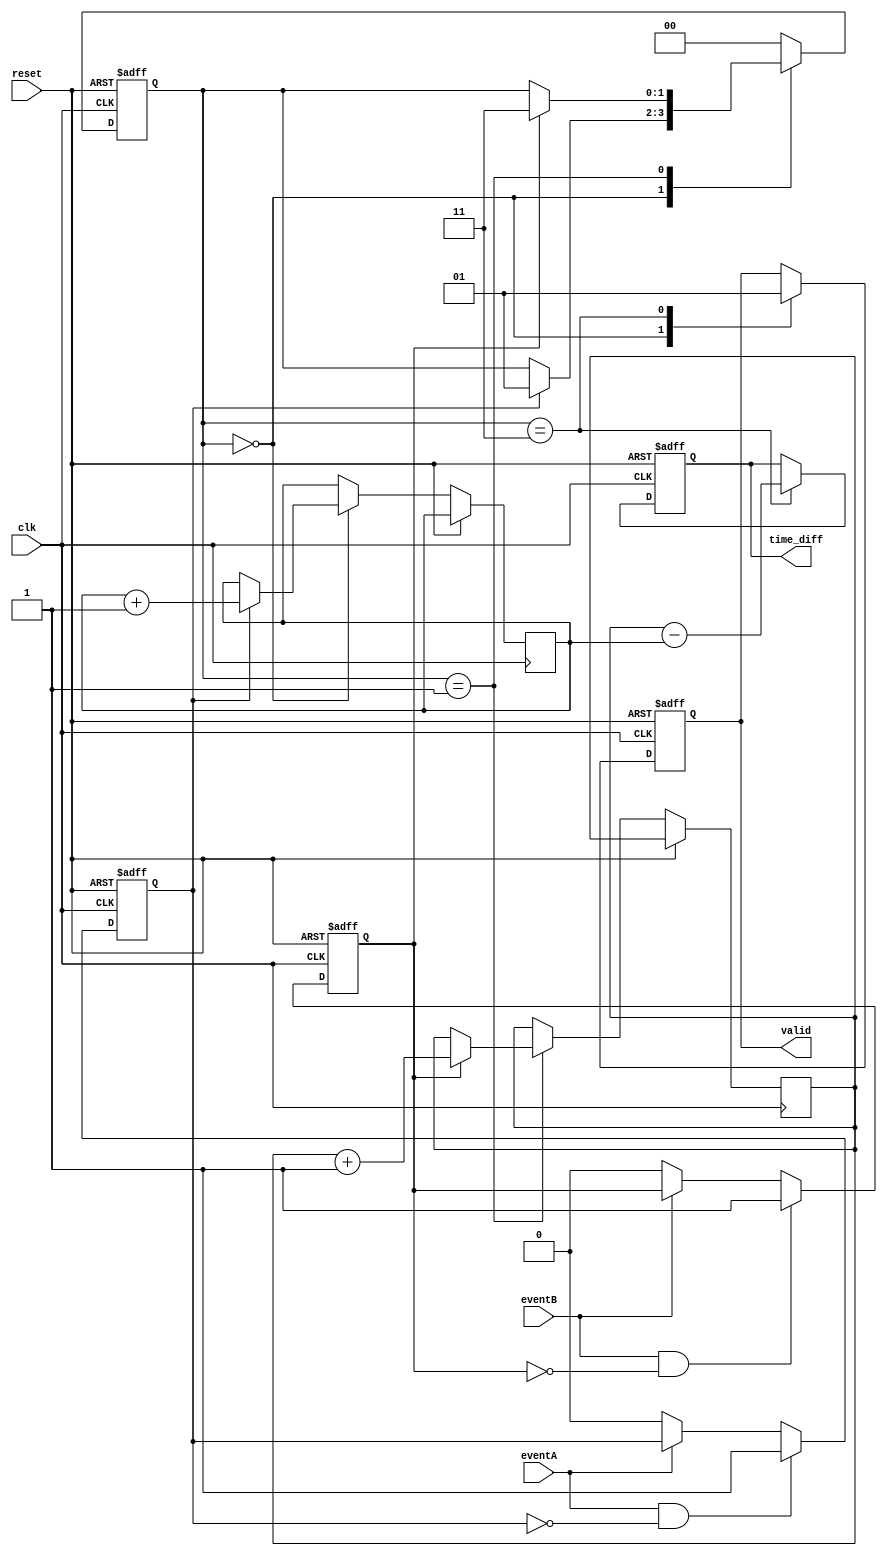
module TDC (
    input wire clk,          // High-frequency clock
    input wire reset,        // Reset signal
    input wire eventA,       // Event A input
    input wire eventB,       // Event B input
    output reg [31:0] time_diff, // Time difference output
    output reg valid         // Indicates valid time difference
);

    // Parameters
    parameter MEMORY_SIZE = 2; // Number of events to store (for Event A and Event B)
    parameter MAX_COUNT = 32'd4294967295; // Maximum count value for 32-bit

    // Memory registers
    reg [31:0] timestamp [0:MEMORY_SIZE-1]; // Memory for storing timestamps
    reg [1:0] state; // FSM State
    reg eventA_detected, eventB_detected; // Flags for events

    // State encoding
    localparam IDLE = 2'b00;
    localparam CAPTURE_A = 2'b01;
    localparam CAPTURE_B = 2'b10;
    localparam CALCULATE = 2'b11;

    // Event Detection Logic
    always @(posedge clk or posedge reset) begin
        if (reset) begin
            eventA_detected <= 1'b0;
            eventB_detected <= 1'b0;
        end
        else begin
            // Rising edge detection for Event A
            if (eventA && !eventA_detected) begin
                eventA_detected <= 1'b1;
            end
            else if (!eventA) begin
                eventA_detected <= 1'b0;
            end

            // Rising edge detection for Event B
            if (eventB && !eventB_detected) begin
                eventB_detected <= 1'b1;
            end
            else if (!eventB) begin
                eventB_detected <= 1'b0;
            end
        end
    end

    // FSM for TDC operation
    always @(posedge clk or posedge reset) begin
        if (reset) begin
            state <= IDLE;
            time_diff <= 32'd0;
            valid <= 1'b0; // Invalidate output
        end
        else begin
            case (state)
                IDLE: begin
                    valid <= 1'b0; // Invalidate output
                    if (eventA_detected) begin
                        state <= CAPTURE_A;
                        timestamp[0] <= timestamp[0] + 1; // Store current clock count
                    end
                end
                CAPTURE_A: begin
                    if (eventB_detected) begin
                        timestamp[1] <= timestamp[1] + 1; // Store current clock count
                        state <= CALCULATE;
                    end
                end
                CALCULATE: begin
                    time_diff <= timestamp[1] - timestamp[0]; // Calculate time difference
                    valid <= 1'b1; // Indicate valid output
                    state <= IDLE; // Go back to IDLE for next measurement
                end
                default: state <= IDLE; // Default case
            endcase
        end
    end

endmodule